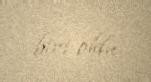
biri oldu.